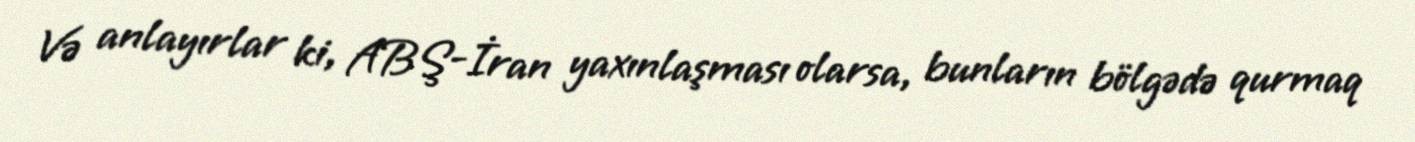
Və anlayırlar ki, ABŞ-İran yaxınlaşması olarsa, bunların bölgədə qurmaq